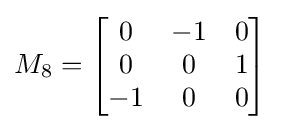
M_{8}={\begin{bmatrix}0&-1&0\\0&0&1\\-1&0&0\end{bmatrix}}